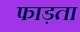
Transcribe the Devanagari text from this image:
फाड़ता